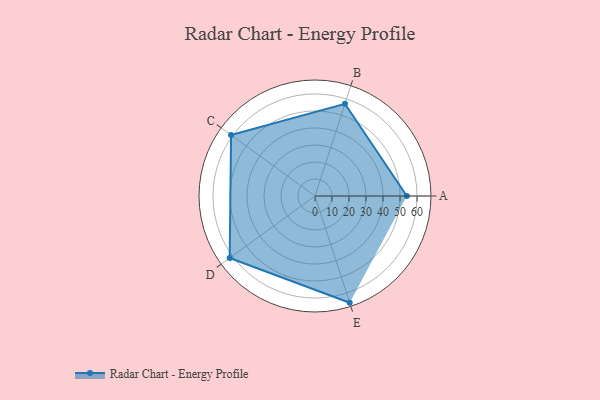
{"axis": {"x": "Skill", "y": "Score"}, "legend": ["Profile"], "data": [{"x": "A", "y": 54.0, "type": "Profile"}, {"x": "B", "y": 57.0, "type": "Profile"}, {"x": "C", "y": 61.0, "type": "Profile"}, {"x": "D", "y": 62.0, "type": "Profile"}, {"x": "E", "y": 66.0, "type": "Profile"}]}